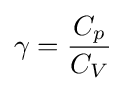
\gamma ={\frac {C_{p}}{C_{V}}}